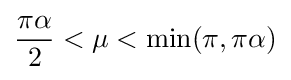
{\frac {\pi \alpha }{2}}<\mu <\min(\pi ,\pi \alpha )